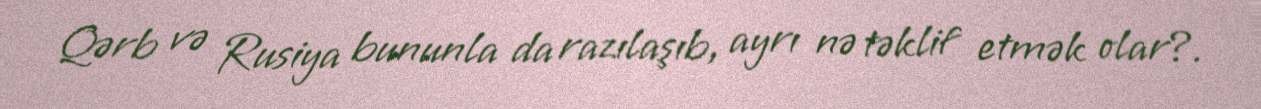
Qərb və Rusiya bununla da razılaşıb, ayrı nə təklif etmək olar?.